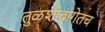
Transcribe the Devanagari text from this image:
तुळशीबागेतच